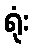
ရုံး